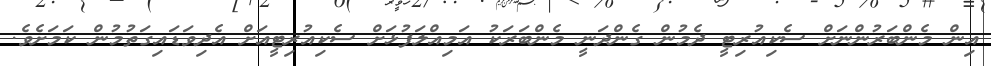
އިން މެންބަރުންނަށް ސެކިއުރިޓީ ދެމުން ގެންދަނީ މެންބަރަކު އަމިއްލަފުޅަށް ސެކިއުރިޓީއަށް އެދިވަޑައިގަތުމުން ކަމަށެވެ.